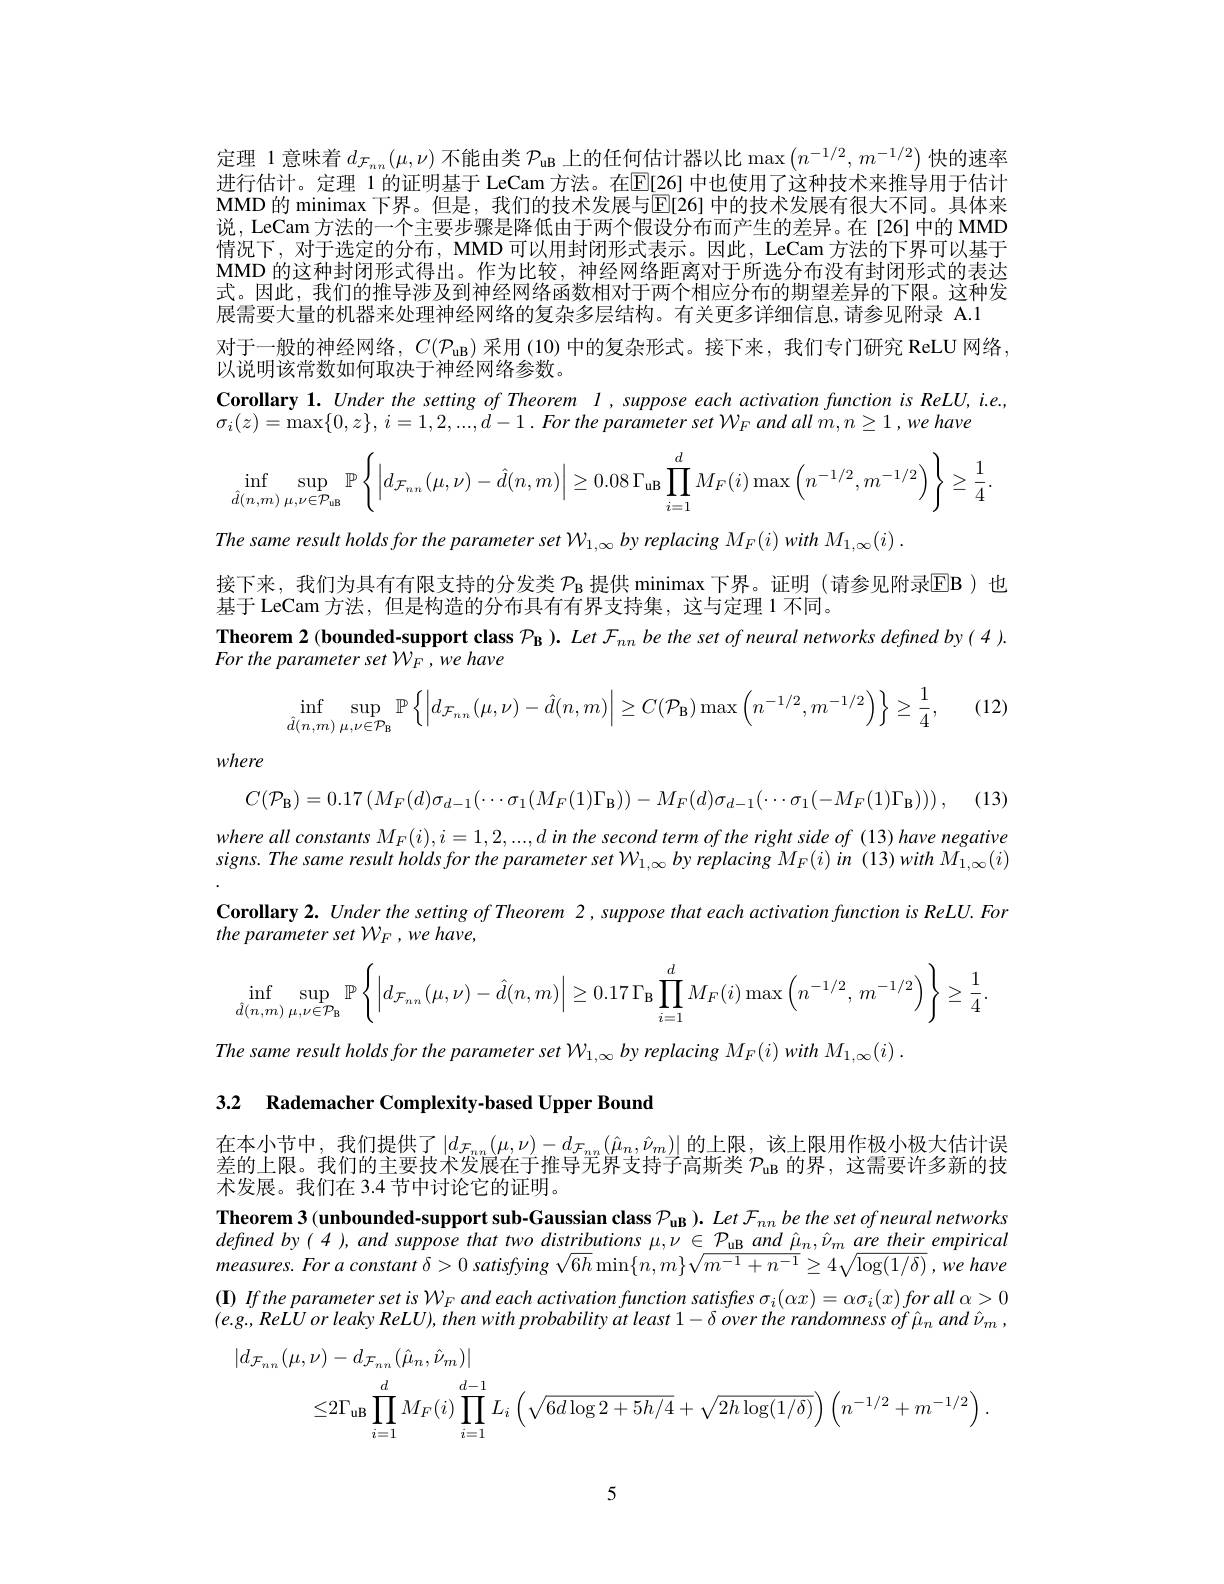
定理 1意味着$d_\mathcal{F}_{nn}(\mu,\nu)$不能由类$\mathcal{P}_\mathrm{uB}$上的任何估计器以比$\max\left(n^{-1/2},m^{-1/2}\right)$快的速率进行估计。定理 1 的证明基于 LeCam 方法。在$\mathbb{E}[26]$ 中也使用了这种技术来推导用于估计MMD 的 minimax 下界。但是，我们的技术发展与$\overline{\mathbb{E}}[26]$ 中的技术发展有很大不同。具体来说，LeCam 方法的一个主要步骤是降低由于两个假设分布而产生的差异。在[26]中的 MMD 情况下，对于选定的分布，MMD 可以用封闭形式表示。因此，LeCam 方法的下界可以基于MMD 的这种封闭形式得出。作为比较，神经网络距离对于所选分布没有封闭形式的表达式。因此，我们的推导涉及到神经网络函数相对于两个相应分布的期望差异的下限。这种发展需要大量的机器来处理神经网络的复杂多层结构。有关更多详细信息，请参见附录 A.1
对于一般的神经网络，$C(\mathcal{P}_\mathrm{uB})$采用 (10) 中的复杂形式。接下来，我们专门研究 ReLU 网络，
以说明该常数如何取决于神经网络参数。
Corollary 1. Under the setting of Theorem $l,suppose$ each activation function is ReLU, i.e.,
$\sigma _{i}( z) = \operatorname* { max} \{ 0, z\} $, $i= 1, 2, . . . , d- 1.$ For the parameter set $W_{F}$ and all $m, n\geq 1$ $, we$ have
$$\inf\limits_{\hat{d}(n,m)}\sup\limits_{\mu,\nu\in\mathcal{P}_{\text{uB}}}\mathbb{P}\left\{\left|d_{\mathcal{F}_{nn}}(\mu,\nu)-\hat{d}(n,m)\right|\geq0.08\:\Gamma_{\text{uB}}\prod\limits_{i=1}^{d}M_{F}(i)\max\left(n^{-1/2},m^{-1/2}\right)\right\}\geq\frac{1}{4}.$$
The same result holds for the parameter set $\mathcal{W}_{1,\infty}\textit{by replacing M}_F(i)$ with $M_{1,\infty}(i)$

接下来，我们为具有有限支持的分发类$\mathcal{P}_\mathrm{B}$提供 minimax 下界。证明 (请参见附录EB)也

基于 LeCam 方法，但是构造的分布具有有界支持集，这与定理 1 不同。
Theorem 2 (bounded-support class $P_{\mathrm{B} }) . Let$ $F_{nn}$ be the set of neural networks defined by(4).
For the parameter set $W_{F}$ $, we$ have

(12)
$$\inf\limits_{\hat{d}(n,m)}\sup\limits_{\mu,\nu\in\mathcal{P}_{\text{B}}}\mathbb{P}\left\{\left|d_{\mathcal{F}_{n\:n}}(\mu,\nu)-\hat{d}(n,m)\right|\geq C(\mathcal{P}_{\text{B}})\max\left(n^{-1/2},m^{-1/2}\right)\right\}\geq\frac{1}{4},$$
where

$C( \mathcal{P} _{\mathbf{B} }) = 0. 17\left ( M_{F}( d) \sigma _{d- 1}( \cdots \sigma _{1}( M_{F}( 1) \Gamma _{\mathbf{B} }) ) - M_{F}( d) \sigma _{d- 1}( \cdots \sigma _{1}( - M_{F}( 1) \Gamma _{\mathbf{B} }) ) \right ) $, (13)

where all constants $M_{F}(i),i=1,2,...,d$ in the second term of the right side of (13) have negative signs. The same result holds for the parameter set W $_{1,\infty}\textit{by replacing M}_{F}(i)$ in (13) with $M_{1,\infty}(i)$ Corollary 2. Under the setting of Theorem 2,suppose that each activation function is ReLU. For the parameter set WF , we have,
$$\inf_{\hat{d}(n,m)}\sup_{\mu,\nu\in\mathcal{P}_{\mathrm{B}}}\mathbb{P}\left\{\left|d_{\mathcal{F}_{n\:n}}(\mu,\nu)-\hat{d}(n,m)\right|\geq0.17\:\Gamma_{\mathrm{B}}\prod_{i=1}^{d}M_{F}(i)\max\left(n^{-1/2},\:m^{-1/2}\right)\right\}\geq\frac{1}{4}.$$
The same result holds for the parameter set W$_{1,\infty}\textit{by replacing M}_{F}(i)$ with $M_{1,\infty}(i)$

3.2 Rademacher Complexity-based Upper Bound

在本小节中，我们提供了$\left|d_\mathcal{F}_{nn}(\mu,\nu)-d_\mathcal{F}_{nn}(\hat{\mu}_n,\hat{\nu}_m)\right|$的上限，该上限用作极小极大估计误差的上限。我们的主要技术发展在于推导无界支持子高斯类$P_\mathrm{uB}$的界，这需要许多新的技术发展。我们在 3.4 节中讨论它的证明。
Theorem 3 (unbounded-support sub-Gaussian class $P_{\mathrm{uB}}) . \textit{ Let F}_{nn}\textit{be the set of neural networks}$ $definedby(4),andsupposethattwodistributions\mu,\nu\in\mathcal{P}_{\mathrm{uB}}and\hat{\mu}_{n},\hat{\nu}_{m}$ are their empirical measures. For a constant $\delta>0$ satisfying $\sqrt6h\min\{n,m\}\sqrt{m^{-1}+n^{-1}}\geq4\sqrt{\log(1/\delta)},we$ have $(\mathbf{I})$ Ifthe parameter set is $W_F$ and each activation function satisfies $\sigma _i( \alpha x) = \alpha \sigma _i( x) \textit{for all }\alpha > 0$ $(e.g.,ReLUorleakyReLU),thenwithprobabilityatleast1-\delta overtherandomnessof\hat{\mu}_{n}and\hat{\nu}_{m}$,
$$\begin{aligned}|d_{\mathcal{F}_{nn}}(\mu,\nu)&-d_{\mathcal{F}_{nn}}(\hat{\mu}_{n},\hat{\nu}_{m})|\\&\leq2\Gamma_{\mathrm{uB}}\prod_{i=1}^{d}M_{F}(i)\prod_{i=1}^{d-1}L_{i}\left(\sqrt{6d\log2+5h/4}+\sqrt{2h\log(1/\delta)}\right)\left(n^{-1/2}+m^{-1/2}\right).\end{aligned}$$
5